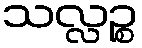
သလ္လဉ္စ